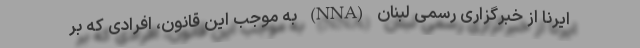
ایرنا از خبرگزاری رسمی لبنان (NNA) به موجب این قانون، افرادی که بر